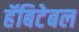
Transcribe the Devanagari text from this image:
हॅबिटेबल